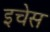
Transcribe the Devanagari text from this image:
इचेस